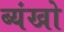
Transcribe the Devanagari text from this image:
ब्यंखो